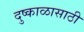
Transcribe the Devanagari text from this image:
दुष्काळासाठी